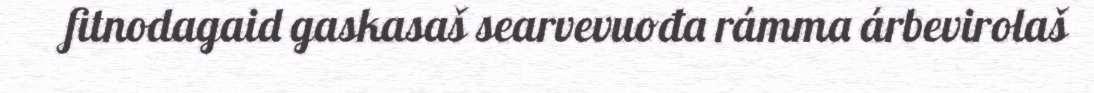
fitnodagaid gaskasaš searvevuođa rámma árbevirolaš